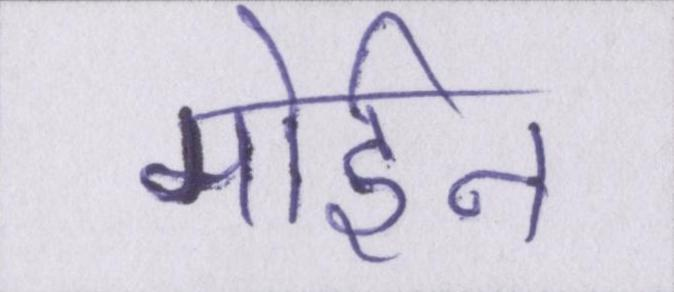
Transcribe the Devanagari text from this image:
मोईन